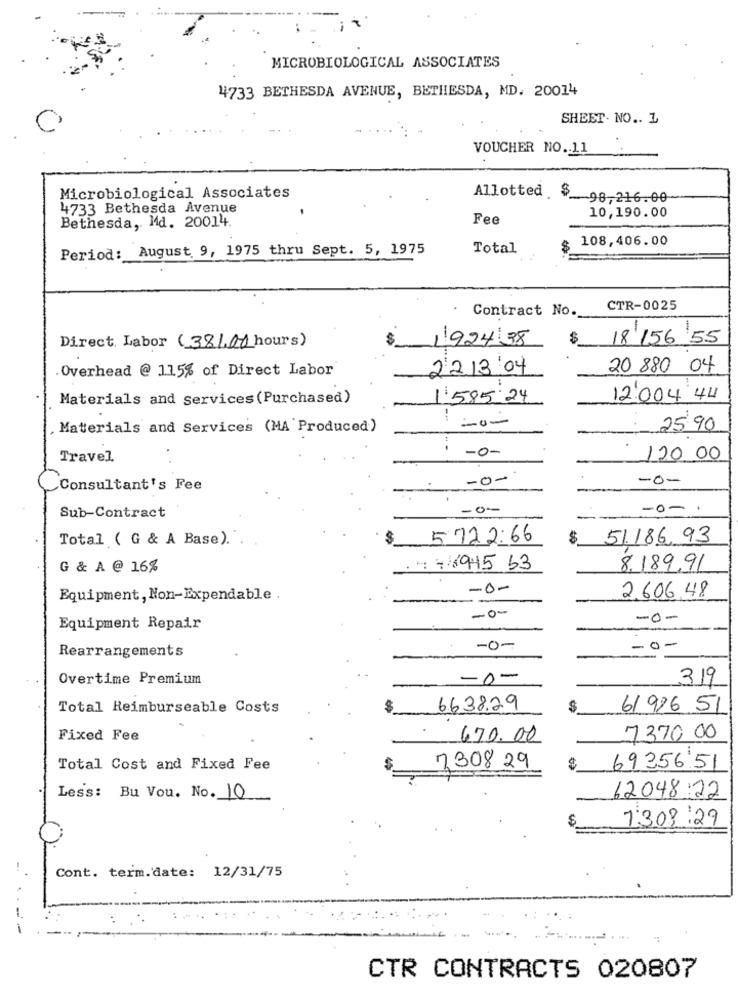
MICROBIOLOGICAL ASSOCIATES
4733 BETHESDA AVENUE, BETHESDA, MD. 20014
SHEET. NO .. L
VOUCHER NO. 11
Microbiological Associates
Allotted $ 98-216.00
4733 Bethesda Avenue
10,190.00
Bethesda, Md. 20014.
Fee
108,406.00
Period: August 9, 1975 thru Sept. 5, 1975
Total
Contract No.
CTR-0025
Direct Labor (381,00 hours)
$
18 156 55
1924.38
Overhead @ 115% of Direct Labor
22.13:04
20 880 04
Materials and Services (Purchased)
1'585.24
12:00 4:44
, Materials and Services (MA Produced)
120-
25 90
-0-
Travel
120 00
-0-
-0-
Consultant's Fee
Sub-Contract
-0-
-0-1
Total ( G & A Base).
5 722:66
51.186,93
G & A @ 16%
. : +4945 63
8.189,91
-0-
Equipment, Non-Expendable .
2.606.48
-o-
-0-
Equipment Repair
Rearrangements
-0-
Overtime Premium
-0-
319
Total Reimburseable Costs
6638.29
$
61 916 51
Fixed Fee
670. 00
7370 00
Total Cost and Fixed Fee
7308 29
69356.51
Less: Bu Vou. No. 10
62048 22
7:309:29
Cont. term.date: 12/31/75
:
CTR CONTRACTS 020807